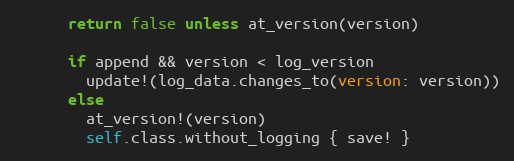
Language: Ruby
      return false unless at_version(version)

      if append && version < log_version
        update!(log_data.changes_to(version: version))
      else
        at_version!(version)
        self.class.without_logging { save! }